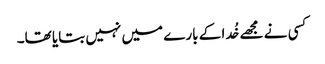
کسی نے مجھے خُدا کے بارے میں نہیں بتایا تھا۔